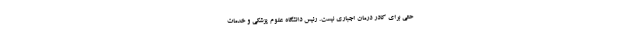
حتی برای کادر درمان اجباری نیست. رئیس دانشگاه علوم پزشکی و خدمات